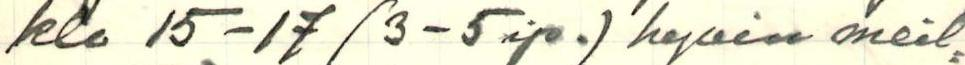
klo 15-17 (3-5ip. hyvin meil=